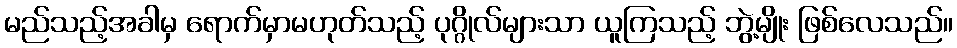
မည်သည့်အခါမှ ရောက်မှာမဟုတ်သည့် ပုဂ္ဂိုလ်များသာ ယူကြသည့် ဘွဲ့မျိုး ဖြစ်လေသည်။